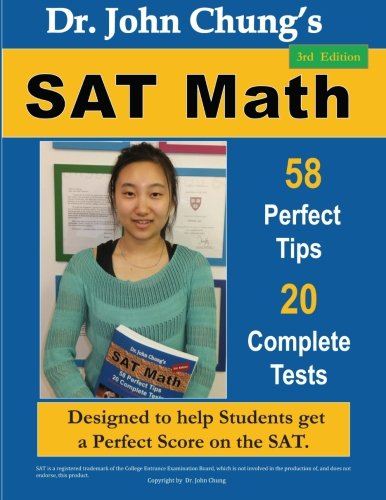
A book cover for Dr. John Chung's SAT Math: 58 Perfect Tips and 20 Complete Tests, 3rd Edition; Dr. John Chung; Test Preparation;